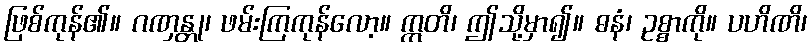
ဖြစ်ကုန်၏။ ဂဏှန္တု၊ ဖမ်းကြကုန်လော့။ ဣတိ၊ ဤသို့မှာ၍။ ဓနံ၊ ဥစ္စာကို။ ပဟိဏိ၊